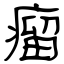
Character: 瘤